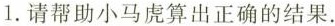
1.请帮助小马虎算出正确的结果.